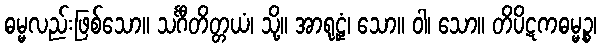
ဓမ္မလည်းဖြစ်သော။ သင်္ဂီတိတ္တယံ၊ သို့။ အာရုဠှံ၊ သော။ ဝါ၊ သော။ တိပိဋကဓမ္မဉ္စ၊